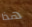
هذا